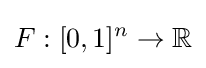
F:[0,1]^{n}\rightarrow \mathbb {R}